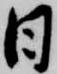
日